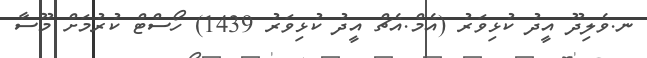
ނ.ވެލިދޫ އީދު ކުޅިވަރު (އެމް.އެޗް އީދު ކުޅިވަރު 1439) ހޯސްޓް ކުރުމަށް މޫސާ